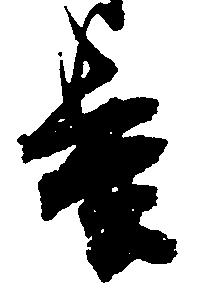
基